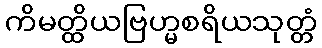
ကိမတ္ထိယဗြဟ္မစရိယသုတ္တံ